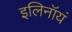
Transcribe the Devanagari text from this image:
इलिनॉयं